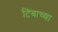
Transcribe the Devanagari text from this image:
टिंबाच्या